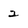
Character: 2